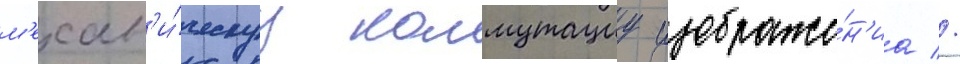
м'ехан'и́ческуу коммутациу изображе́н'иа //